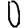
Digit: 0